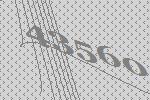
43560